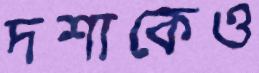
দশাকেও